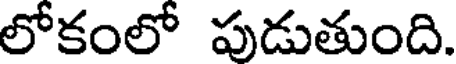
లోకంలో పుడుతుంది.